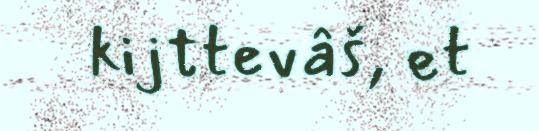
kijttevâš, et